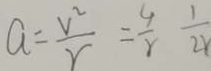
a = \frac { V ^ { 2 } } { r } = \frac { 4 } { r } \frac { 1 } { 2 r }